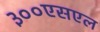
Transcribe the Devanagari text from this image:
३००एसएल